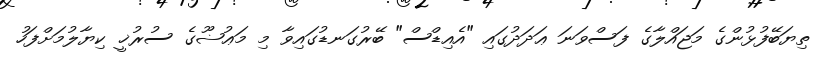
ތިޔަބޭފުޅުންގެ މަޖައްލާގެ ފަސްވަނަ ޢަދަދުގައި "އެއިޑްސް" ބޭރުގަނޑުގައިވާ މި މަޢުޟޫގެ ސުރުޚީ ކިޔާލުމަށްފަހު